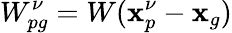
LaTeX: W_{pg}^{\nu}=W(\mathbf{x}_{p}^{\nu}-\mathbf{x}_{g})